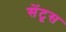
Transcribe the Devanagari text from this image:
सेंटूस